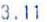
3.11